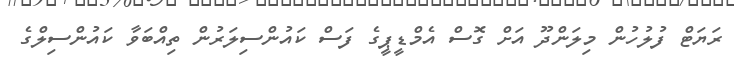
ރަޔަޓް ފުލުހުން މިލަންދޫ އަށް ގޮސް އެމްޑީޕީގެ ފަސް ކައުންސިލަރުން ތިއްބަވާ ކައުންސިލްގެ